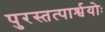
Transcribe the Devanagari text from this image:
पुरस्तत्पार्श्वयोः